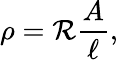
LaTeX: \rho=\mathcal{R}{\frac{{A}}{{\ell}}},\,